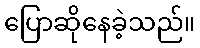
ပြောဆိုနေခဲ့သည်။